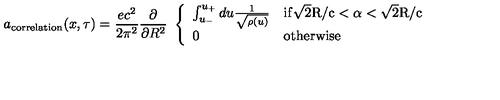
a _ { \mathrm { c o r r e l a t i o n } } ( x , \tau ) = \frac { e c ^ { 2 } } { 2 \pi ^ { 2 } } \frac { \partial } { \partial R ^ { 2 } } \ \left\{ \begin{array} { l l } { \int _ { u _ { - } } ^ { u _ { + } } d u \frac { 1 } { \sqrt { \rho ( u ) } } } & { \mathrm { i f \sqrt { 2 } R / c < \alpha < \sqrt { 2 } R / c } } \\ { 0 } & { \mathrm { o t h e r w i s e } } \\ \end{array} \right.